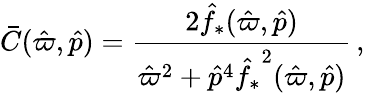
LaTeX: \bar{C}(\hat{\varpi},\hat{p})=\frac{2{\hat{f}_{*}}(\hat{\varpi},\hat{p})}{\hat{\varpi}^{2}+\hat{p}^{4}{\hat{f}_{*}}^{2}(\hat{\varpi},\hat{p})}\, ,